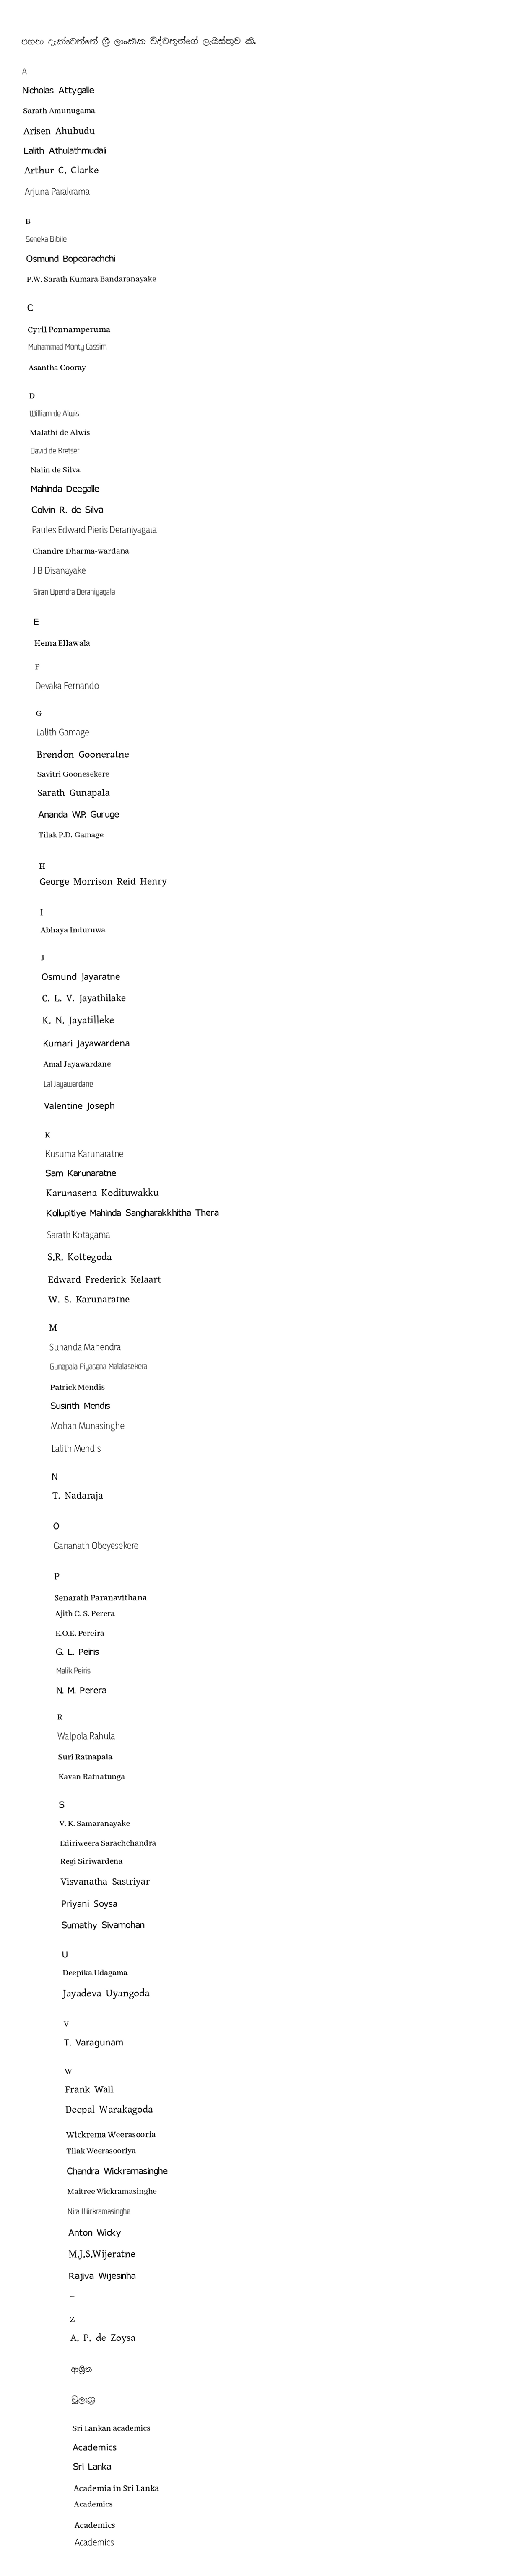
පහත දැක්වෙන්නේ ශ්‍රී ලාංකික විද්වතුන්ගේ ලැයිස්තුව කි.

A
 Nicholas Attygalle
 Sarath Amunugama
 Arisen Ahubudu
 Lalith Athulathmudali
 Arthur C. Clarke
 Arjuna Parakrama

B
 Seneka Bibile
 Osmund Bopearachchi
 P.W. Sarath Kumara Bandaranayake

C
 Cyril Ponnamperuma
 Muhammad Monty Cassim
 Asantha Cooray

D
 William de Alwis
 Malathi de Alwis
 David de Kretser
 Nalin de Silva
 Mahinda Deegalle
 Colvin R. de Silva
 Paules Edward Pieris Deraniyagala
 Chandre Dharma-wardana
 J B Disanayake
 Siran Upendra Deraniyagala

E
 Hema Ellawala

F
 Devaka Fernando

G
 Lalith Gamage
 Brendon Gooneratne
 Savitri Goonesekere
 Sarath Gunapala
 Ananda W.P. Guruge
 Tilak P.D. Gamage

H
 George Morrison Reid Henry

I
 Abhaya Induruwa

J
 Osmund Jayaratne
 C. L. V. Jayathilake
 K. N. Jayatilleke
 Kumari Jayawardena
 Amal Jayawardane
 Lal Jayawardane
 Valentine Joseph

K
 Kusuma Karunaratne
 Sam Karunaratne
 Karunasena Kodituwakku
 Kollupitiye Mahinda Sangharakkhitha Thera
 Sarath Kotagama
 S.R. Kottegoda
 Edward Frederick Kelaart
 W. S. Karunaratne

M
 Sunanda Mahendra
 Gunapala Piyasena Malalasekera
 Patrick Mendis
 Susirith Mendis
 Mohan Munasinghe
Lalith Mendis

N
 T. Nadaraja

O
 Gananath Obeyesekere

P
 Senarath Paranavithana
 Ajith C. S. Perera
 E.O.E. Pereira
 G. L. Peiris
 Malik Peiris
 N. M. Perera

R
 Walpola Rahula
 Suri Ratnapala
 Kavan Ratnatunga

S
 V. K. Samaranayake
 Ediriweera Sarachchandra
 Regi Siriwardena
 Visvanatha Sastriyar
 Priyani Soysa
 Sumathy Sivamohan

U
 Deepika Udagama
 Jayadeva Uyangoda

V
 T. Varagunam

W
 Frank Wall
 Deepal Warakagoda
 Wickrema Weerasooria
 Tilak Weerasooriya
 Chandra Wickramasinghe
 Maitree Wickramasinghe
 Nira Wickramasinghe
 Anton Wicky
 M.J.S.Wijeratne
 Rajiva Wijesinha
–

Z
 A. P. de Zoysa

ආශ්‍රිත

මූලාශ්‍ර

Sri Lankan academics
Academics
Sri Lanka
Academia in Sri Lanka
Academics
Academics
Academics